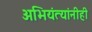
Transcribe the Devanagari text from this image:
अभियंत्यांनीही